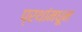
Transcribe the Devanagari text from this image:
प्रथांमधून